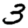
Digit: 3